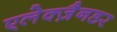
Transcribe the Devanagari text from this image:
एलेक्ज़ैनडर